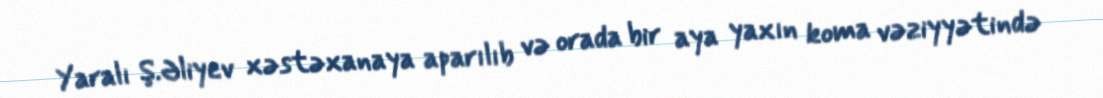
Yaralı Ş.Əliyev xəstəxanaya aparılıb və orada bir aya yaxın koma vəziyyətində